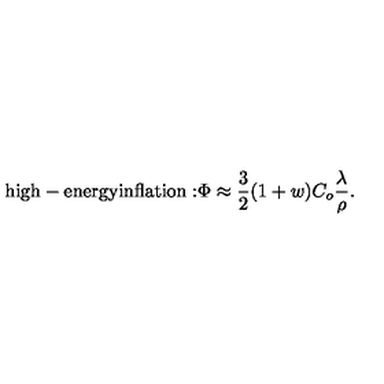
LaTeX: \mathrm { h i g h - e n e r g y i n f l a t i o n : } \Phi \approx { \frac { 3 } { 2 } } ( 1 + w ) C _ { o } { \frac { \lambda } { \rho } } .